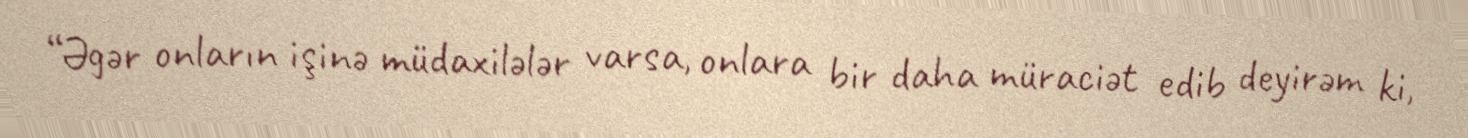
“Əgər onların işinə müdaxilələr varsa, onlara bir daha müraciət edib deyirəm ki,